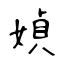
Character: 媜